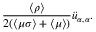
\frac { \langle \rho \rangle } { 2 ( \langle \mu \sigma \rangle + \langle \mu \rangle ) } \ddot { u } _ { \alpha , \alpha } .